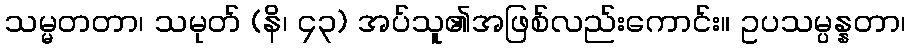
သမ္မတတာ၊ သမုတ် (နိ၊ ၄၃) အပ်သူ၏အဖြစ်လည်းကောင်း။ ဥပသမ္ပန္နတာ၊